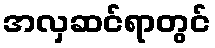
အလှဆင်ရာတွင်